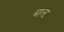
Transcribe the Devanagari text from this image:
बालः